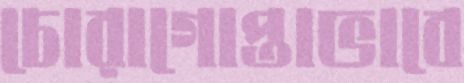
চোরাগোপ্তাভাবে